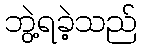
ဘွဲ့ရခဲ့သည်